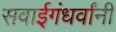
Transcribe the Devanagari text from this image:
सवाईगंधर्वांनी